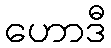
ဟောဒီ